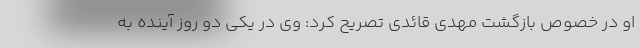
او در خصوص بازگشت مهدی قائدی تصریح کرد: وی در یکی دو روز آینده به